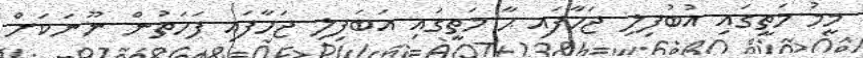
މީމު މަތީގައި އުބުފިލި ޖަހާފައި ޙާ މަތީގައި އަބަފިލި ޖަހާފައި ފަހަތުން ނޫނަކަށް